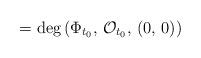
LaTeX: \begin{align*}=\deg\left(\Phi_{t_{0}},\,\mathcal{O}_{t_{0}},\,\left(0,\,0\right)\right)\end{align*}